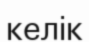
келік